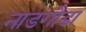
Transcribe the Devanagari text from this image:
नाडगौडा